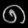
Digit: ၈